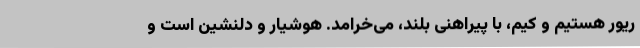
ریور هستیم و کیم، با پیراهنی بلند، می‌خرامد. هوشیار و دلنشین است و